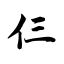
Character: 仨